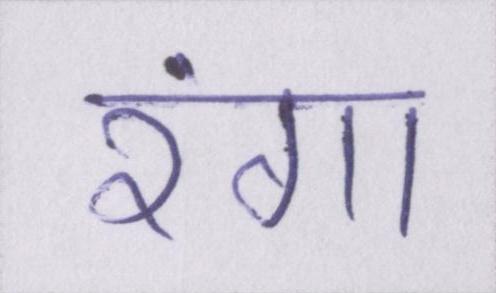
रंगा